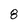
Character: 8